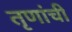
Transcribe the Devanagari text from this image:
तृणांची